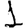
Digit: 1